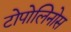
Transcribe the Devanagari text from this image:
टोपोलिनोस